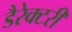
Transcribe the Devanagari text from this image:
डैरेक्टरी